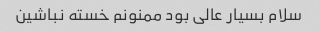
سلام بسیار عالی بود ممنونم خسته نباشین